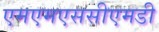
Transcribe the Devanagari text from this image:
एमएमएससीएमडी